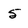
Character: 5